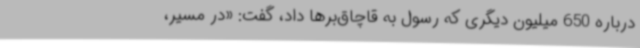
درباره 650‌ میلیون دیگری که رسول به قاچاق‌برها داد، گفت: «در مسیر،